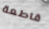
قاطعة